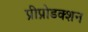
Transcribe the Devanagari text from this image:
प्रीप्रोडक्शन